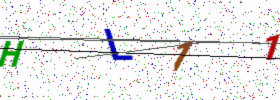
Text: HL11